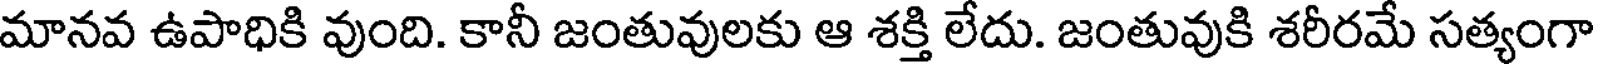
మానవ ఉపాధికి వుంది. కానీ జంతువులకు ఆ శక్తి లేదు. జంతువుకి శరీరమే సత్యంగా